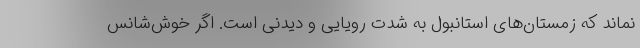
نماند که زمستان‌های استانبول به شدت رویایی و دیدنی است. اگر خوش‌شانس